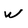
Character: W